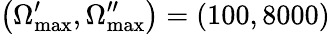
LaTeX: \left(\Omega_{\mathrm{max}}^{\prime},\Omega_{\mathrm{max}}^{\prime\prime}\right)=\left(100,8000\right)